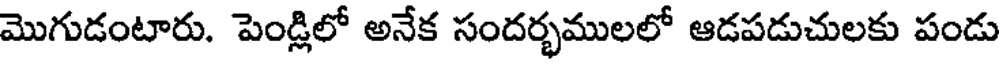
మొగుడంటారు. పెండ్లిలో అనేక సందర్భములలో ఆడపడుచులకు పండు